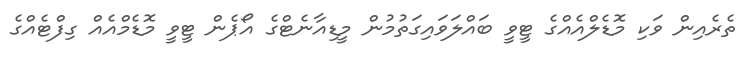
ތެރެއިން ވަކި މޮޑެލްއެއްގެ ޓީވީ ބައްލަވައިގަތުމުން މީޑިއާނެޓްގެ އޯޕެން ޓީވީ މޮޑެމްއެއް ގިފްޓެއްގެ